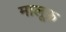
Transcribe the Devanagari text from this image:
मालूफ़